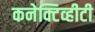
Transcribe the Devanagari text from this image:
कनेक्टिव्हीटी